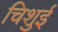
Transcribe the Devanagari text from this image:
चिशुई